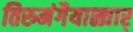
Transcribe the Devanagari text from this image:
तिरुमंगैयाळ्वार्